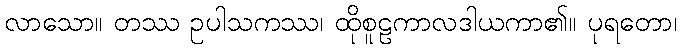
လာသော။ တဿ ဥပါသကဿ၊ ထိုစူဠကာလဒါယကာ၏။ ပုရတော၊